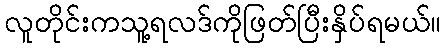
လူတိုင်းကသူ့ရလဒ်ကိုဖြတ်ပြီးနှိပ်ရမယ်။